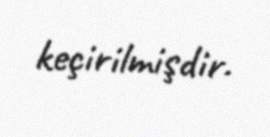
keçirilmişdir.